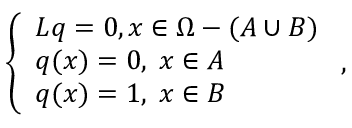
\left\{ \begin{array} { l l } { L q = 0 , x \in \Omega - ( A \cup B ) } \\ { q ( x ) = 0 , \; x \in A } \\ { q ( x ) = 1 , \; x \in B } \end{array} \right. ,